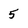
Character: 5